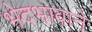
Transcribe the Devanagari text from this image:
भेदभावाने